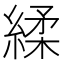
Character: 䋴